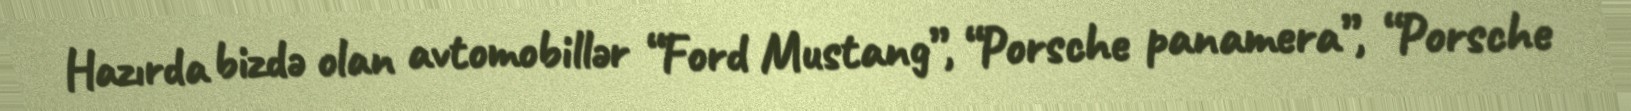
Hazırda bizdə olan avtomobillər “Ford Mustang”, “Porsche panamera”, “Porsche